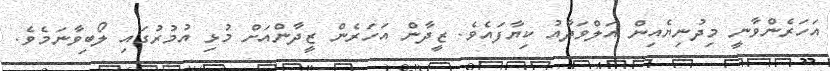
އަހަރެންވާނީ މިދުނިޔެއިން އަލްވަދާއު ކިޔާފައެވެ. ޒީދާން އަހަރެން ޒީދާންއަށް މުޅި އުމުރުގައި ލޯބިވާނަމެވެ.